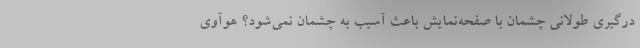
درگیری طولانی چشمان با صفحه‌نمایش باعث آسیب به چشمان نمی‌شود؟ هوآوی